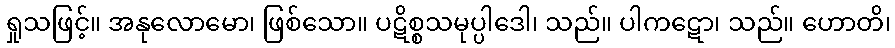
ရှုသဖြင့်။ အနုလောမော၊ ဖြစ်သော။ ပဋိစ္စသမုပ္ပါဒေါ၊ သည်။ ပါကဋော၊ သည်။ ဟောတိ၊